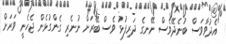
"އެދުވާވަސް ބުނެދޭވެސް ނޭނގެ ދަރިފުޅު ވެސް ބޭރަށް ނުނެރި ގެންގުޅެން ޖެހެނީ ވަރަށް